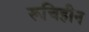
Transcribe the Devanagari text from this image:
रूचिहीन